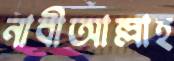
নাবীআল্লাহ